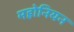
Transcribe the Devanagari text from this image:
महोनियन